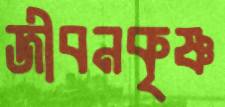
জীবনকৃষ্ণ